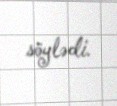
söylədi.